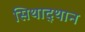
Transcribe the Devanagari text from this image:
सिथाद्थान